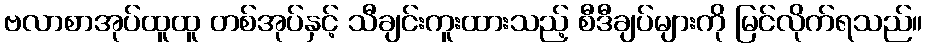
ဗလာစာအုပ်ထူထူ တစ်အုပ်နှင့် သီချင်းကူးထားသည့် စီဒီချပ်များကို မြင်လိုက်ရသည်။